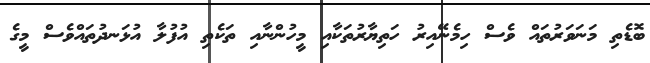
ބޮޑެތި މަނަވަރުތައް ވެސް ހިމެނޭއިރު ހަތިޔާރުތަކާއި މީހުންނާއި ތަކެތި އުފުލާ އުޅަނދުތައްވެސް މީގެ